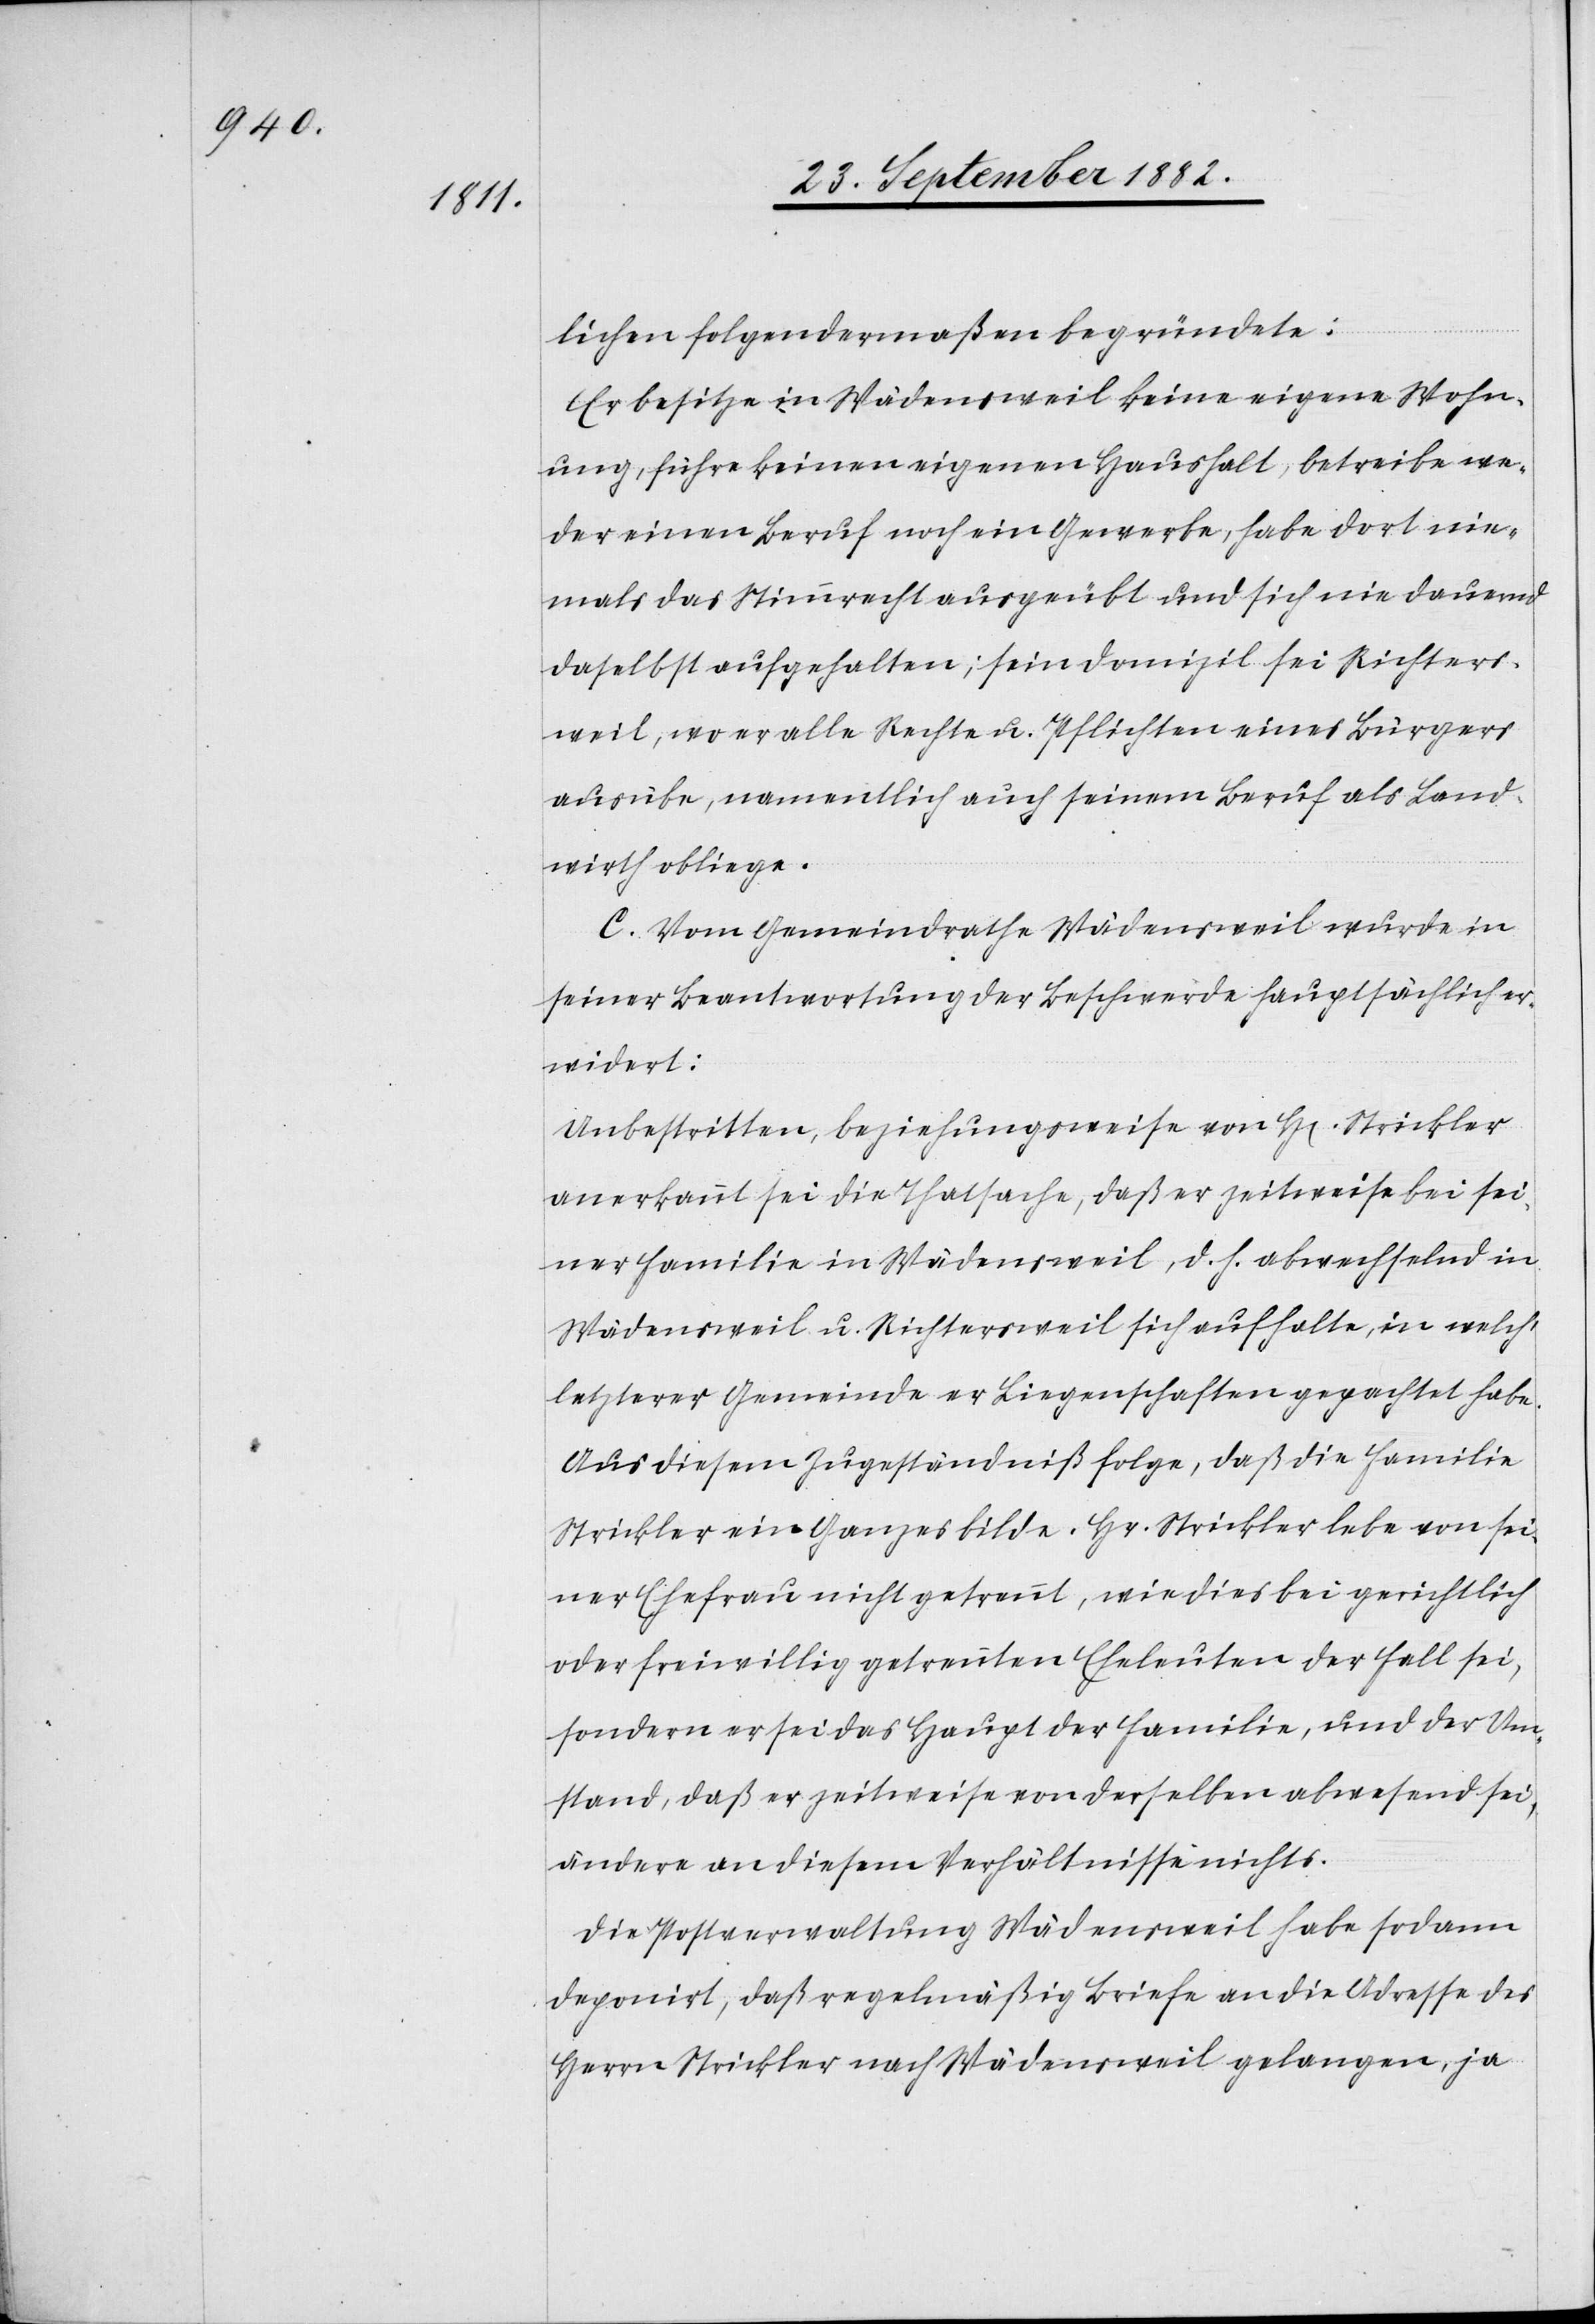
nichts.
lichen folgendermaßen begründete:
Er besitze in Wädensweil keine eigene Wohn¬
ung, führe keinen eigenen Haushalt, habe dort nie¬
mals das Stimmrecht ausgeübt und sich nie dauernd
daselbst aufgehalten; sein Domizil sei Richters¬
weil, wo er alle Rechte u. Pflichten eines Bürgers
ausübe, namentlich auch seinem Beruf als Land¬
wirth obliege.
C. Vom Gemeindrathe Wädensweil wurde in
seiner Beantwortung der Beschwerde hauptsächlich er¬
widert:
Unbestritten, beziehungsweise von H[errn] Strickler
anerkannt sei die Thatsache, daß er zeitweise bei sei¬
ner Familie in Wädensweil, d. h. abwechselnd in
Wädensweil u. Richtersweil sich aufhalte, in welch‘
letzterer Gemeinde er Liegenschaften gepachtet habe.
Aus diesem Zugeständniß folge, daß die Familie
Strickler eine Ganzes bilde. Hr. Strickler leben von sei¬
ner Ehefrau nicht getrennt, wie dies bei gerichtlich
oder freiwillig getrennten Eheleuten der Fall sei,
sondern er sei das Haupt der Familie, und der Um¬
stand, daß er zeitweise abwesend sei, ändere an diesem
Die Postverwaltung Wädensweil habe sodann
deponirt, daß regelmäßig Briefe an die Adresse des
Herrn Strickler nach Wädensweil gelangen, ja